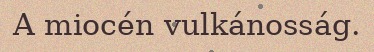
A miocén vulkánosság.